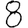
Digit: 8